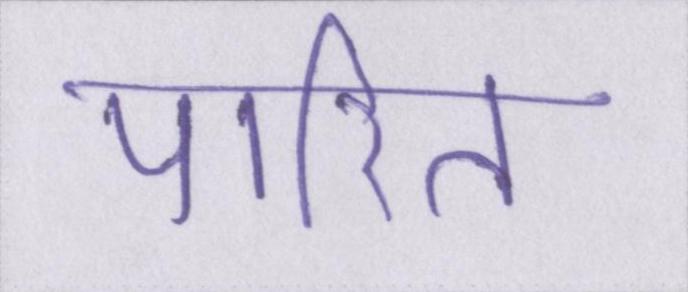
पारित